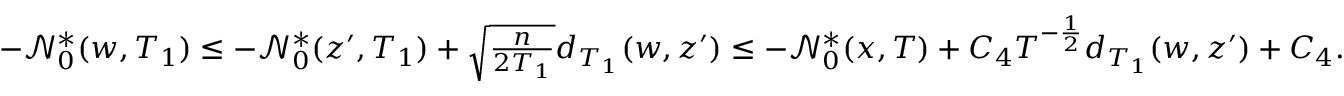
\begin{array} { r } { - \ensuremath { \mathcal { N } } _ { 0 } ^ { * } ( w , T _ { 1 } ) \le - \ensuremath { \mathcal { N } } _ { 0 } ^ { * } ( z ^ { \prime } , T _ { 1 } ) + \sqrt { \frac { n } { 2 T _ { 1 } } } d _ { T _ { 1 } } ( w , z ^ { \prime } ) \le - \ensuremath { \mathcal { N } } _ { 0 } ^ { * } ( x , T ) + C _ { 4 } T ^ { - \frac 1 2 } d _ { T _ { 1 } } ( w , z ^ { \prime } ) + C _ { 4 } . } \end{array}